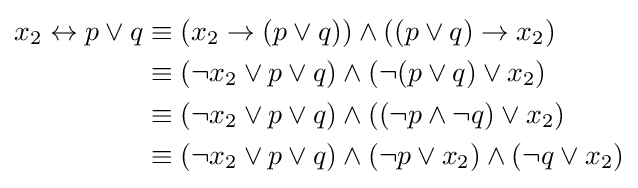
{\begin{aligned}x_{2}\leftrightarrow p\lor q&\equiv (x_{2}\to (p\lor q))\land ((p\lor q)\to x_{2})\\&\equiv (\neg x_{2}\lor p\lor q)\land (\neg (p\lor q)\lor x_{2})\\&\equiv (\neg x_{2}\lor p\lor q)\land ((\neg p\land \neg q)\lor x_{2})\\&\equiv (\neg x_{2}\lor p\lor q)\land (\neg p\lor x_{2})\land (\neg q\lor x_{2})\end{aligned}}